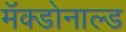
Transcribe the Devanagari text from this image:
मॅक्डोनाल्ड